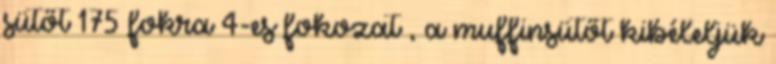
sütőt 175 fokra 4-es fokozat , a muffinsütőt kibéleljük